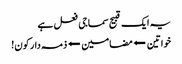
یہ ایک قبیح سماجی فعل ہے
خواتین ⬅مضامین⬅ذمہ دار کون!